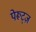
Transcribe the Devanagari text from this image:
पेरूट्ज़